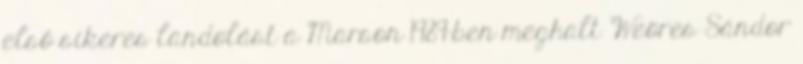
első sikeres landolást a Marson 1989-ben meghalt Weöres Sándor